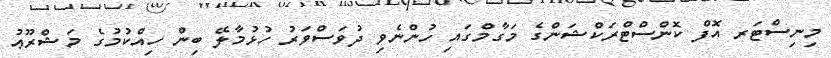
މިނިސްޓަރ އޮފް ކޮންސްޓްރަކްޝަންގެ މަގާމްގައި ހުންނެވި ދުވަސްވަރު ހުޅުމާލޭ ބިން ހިއްކުމުގެ މަޝްރޫޢު